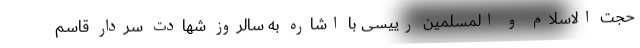
حجت الاسلام و المسلمین رییسی با اشاره به سالروز شهادت سردار قاسم